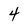
Character: 4